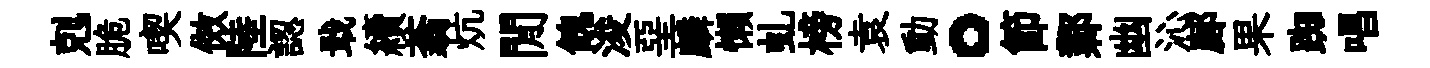
剋脆喫傚陸認戢續蓊炕閒餽浚堊麟懶虬榜袁動。節鄴幽沁鄜果踟唱